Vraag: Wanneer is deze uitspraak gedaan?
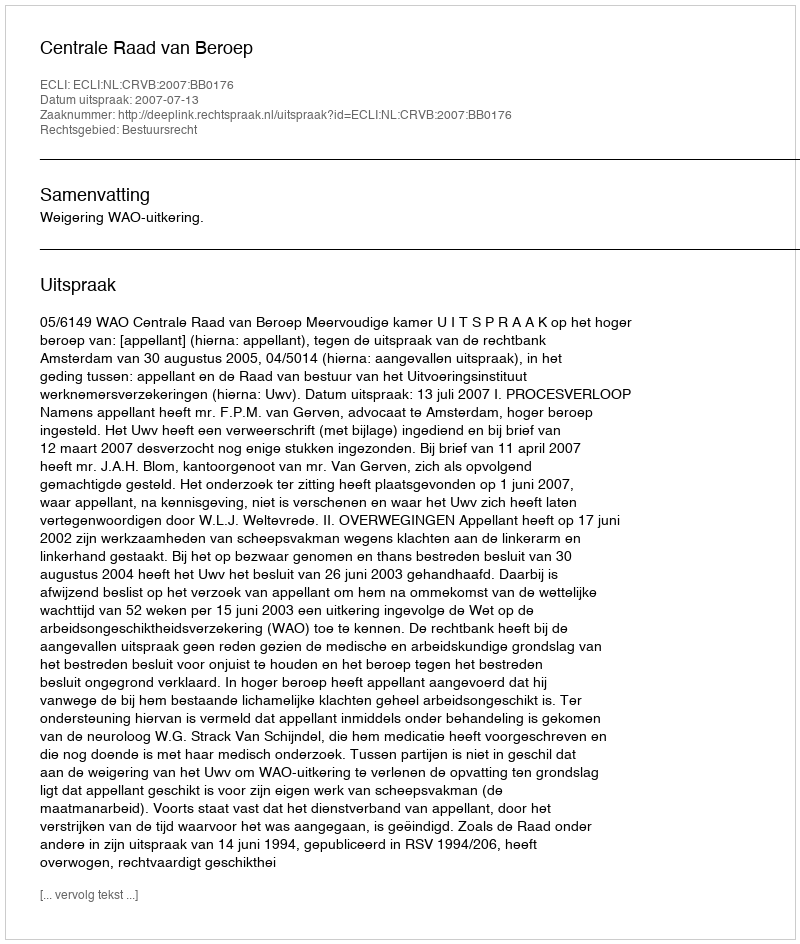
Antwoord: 2007-07-13